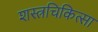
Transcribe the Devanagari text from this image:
शस्त्रचिकित्सा